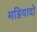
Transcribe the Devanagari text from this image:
मडियादो